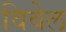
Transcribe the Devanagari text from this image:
विवेल